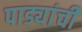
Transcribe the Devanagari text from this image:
पाड्यांची